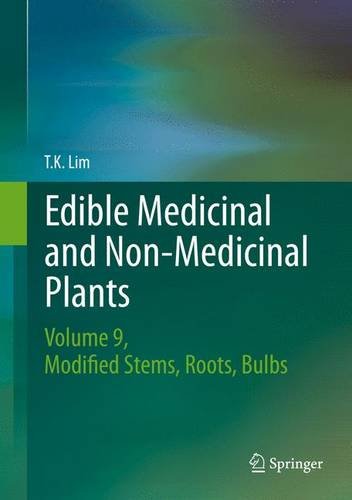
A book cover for Edible Medicinal and Non Medicinal Plants: Volume 9, Modified Stems, Roots, Bulbs; T. K. Lim; Medical Books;